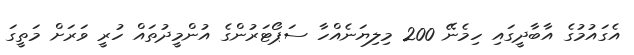
އެގައުމުގެ އާބާދީގައި ހިމެނޭ 200 މިލިޔަނެއްހާ ސަޕޯޓަރުންގެ އުންމީދުތައް ހުރީ ވަރަށް މަތީގަ